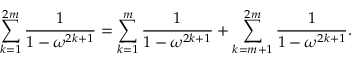
\sum _ { k = 1 } ^ { 2 m } \frac { 1 } { 1 - \omega ^ { 2 k + 1 } } = \sum _ { k = 1 } ^ { m } \frac { 1 } { 1 - \omega ^ { 2 k + 1 } } + \sum _ { k = m + 1 } ^ { 2 m } \frac { 1 } { 1 - \omega ^ { 2 k + 1 } } .